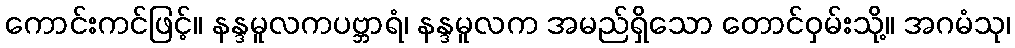
ကောင်းကင်ဖြင့်။ နန္ဒမူလကပဗ္ဘာရံ၊ နန္ဒမူလက အမည်ရှိသော တောင်ဝှမ်းသို့။ အဂမံသု၊